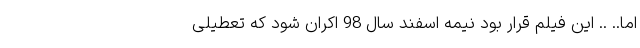
اما.. .. این فیلم قرار بود نیمه اسفند سال 98 اکران شود که تعطیلی